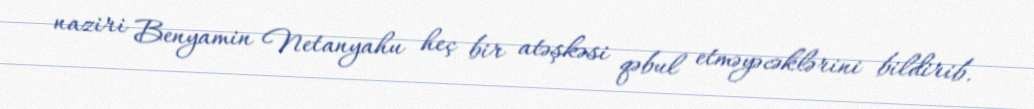
naziri Benyamin Netanyahu heç bir atəşkəsi qəbul etməyəcəklərini bildirib.